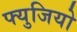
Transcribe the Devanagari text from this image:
फ्युजियो